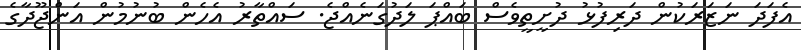
އެފަދަ ނަޒަރަކުން ދަރިފުޅު ދުށީތީވެސް ބައްޕަ ލަދުގަނެއްޖެ. ސައްތާރު އެހެން ބުނުމުން އަންޖޫދާގެ